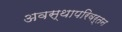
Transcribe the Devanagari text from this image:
अवस्थापरिवर्तन